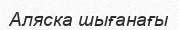
Аляска шығанағы